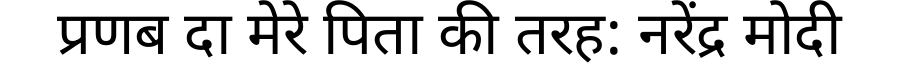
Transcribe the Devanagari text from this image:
प्रणब दा मेरे पिता की तरह: नरेंद्र मोदी